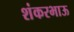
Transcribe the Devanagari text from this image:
शंकरभाऊ